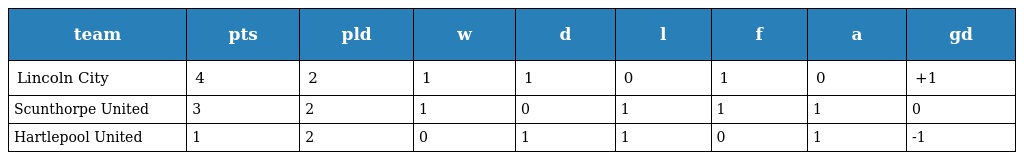
| team | pts | pld | w | d | l | f | a | gd |
 | --- | --- | --- | --- | --- | --- | --- | --- | --- |
 | Lincoln City | 4 | 2 | 1 | 1 | 0 | 1 | 0 | +1 |
 | Scunthorpe United | 3 | 2 | 1 | 0 | 1 | 1 | 1 | 0 |
 | Hartlepool United | 1 | 2 | 0 | 1 | 1 | 0 | 1 | -1 |